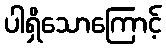
ပါရှိသောကြောင့်